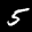
Label: 5